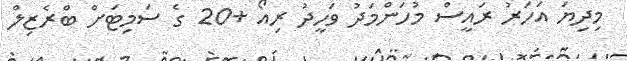
މިދިޔަ އަހަރު ރައީސް މުހަންމަދު ވަހީދު ރިއޯ +20 ގެ ސަމިޓަށް ބްރެޒިލް